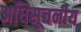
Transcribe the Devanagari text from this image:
अधिसूचनीय